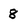
Character: 8